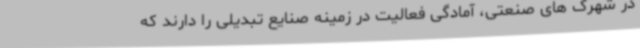
در شهرک های صنعتی، آمادگی فعالیت در زمینه صنایع تبدیلی را دارند که